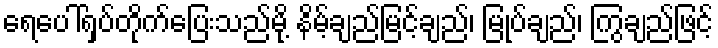
ရေပေါ်ရှပ်တိုက်ပြေးသည်မို့ နိမ့်ချည်မြင့်ချည်၊ မြုပ်ချည်၊ ကြွချည်ဖြင့်